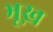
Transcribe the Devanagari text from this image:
भूख़